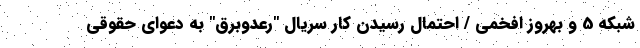
شبکه 5 و بهروز افخمی / احتمال رسیدن کار سریال "رعدوبرق" به دعوای حقوقی